Annual report on the health of the army in India
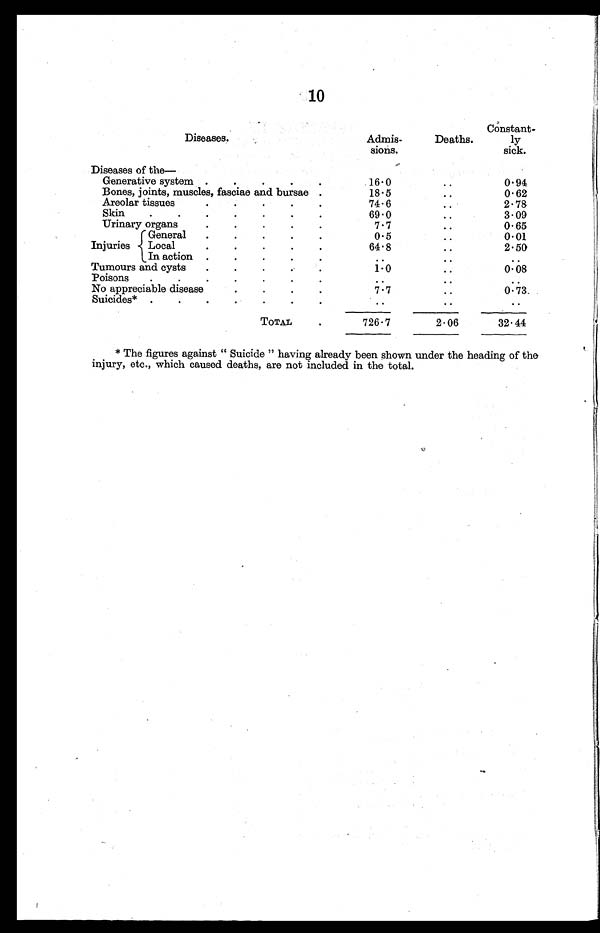
10
Diseases.
Admis
¬sions.
Deaths.
Constant
¬ly
sick.
Diseases of the
Generative system
16.0
..
0.94
Bones, joints, muscles, fasciae and bursae
18.5
..
0.62
A r e o l a r t i s s u e s
74.6
..
2.78
Skin
69.0
..
3.09
Urinary organs
7.7
..
0.65
General
0.5
..
0.01
Injuries
Local
64.8
..
2.50
In action
..
..
..
Tumours and cysts
1.0
..
0.08
Poisons
..
..
..
No appreciable disease
7.7
..
0.73.
Suicides*
..
..
..
TOTAL
726.7
2.06
32.44
* The figures against " Suicide " having already been shown under the heading of the
injury, etc., which caused deaths, are not included in the total.